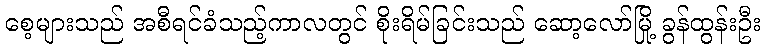
စေ့များသည် အစီရင်ခံသည့်ကာလတွင် စိုးရိမ်ခြင်းသည် ဆော့လော်မြို့ ခွန်ထွန်းဦး